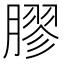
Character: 膠